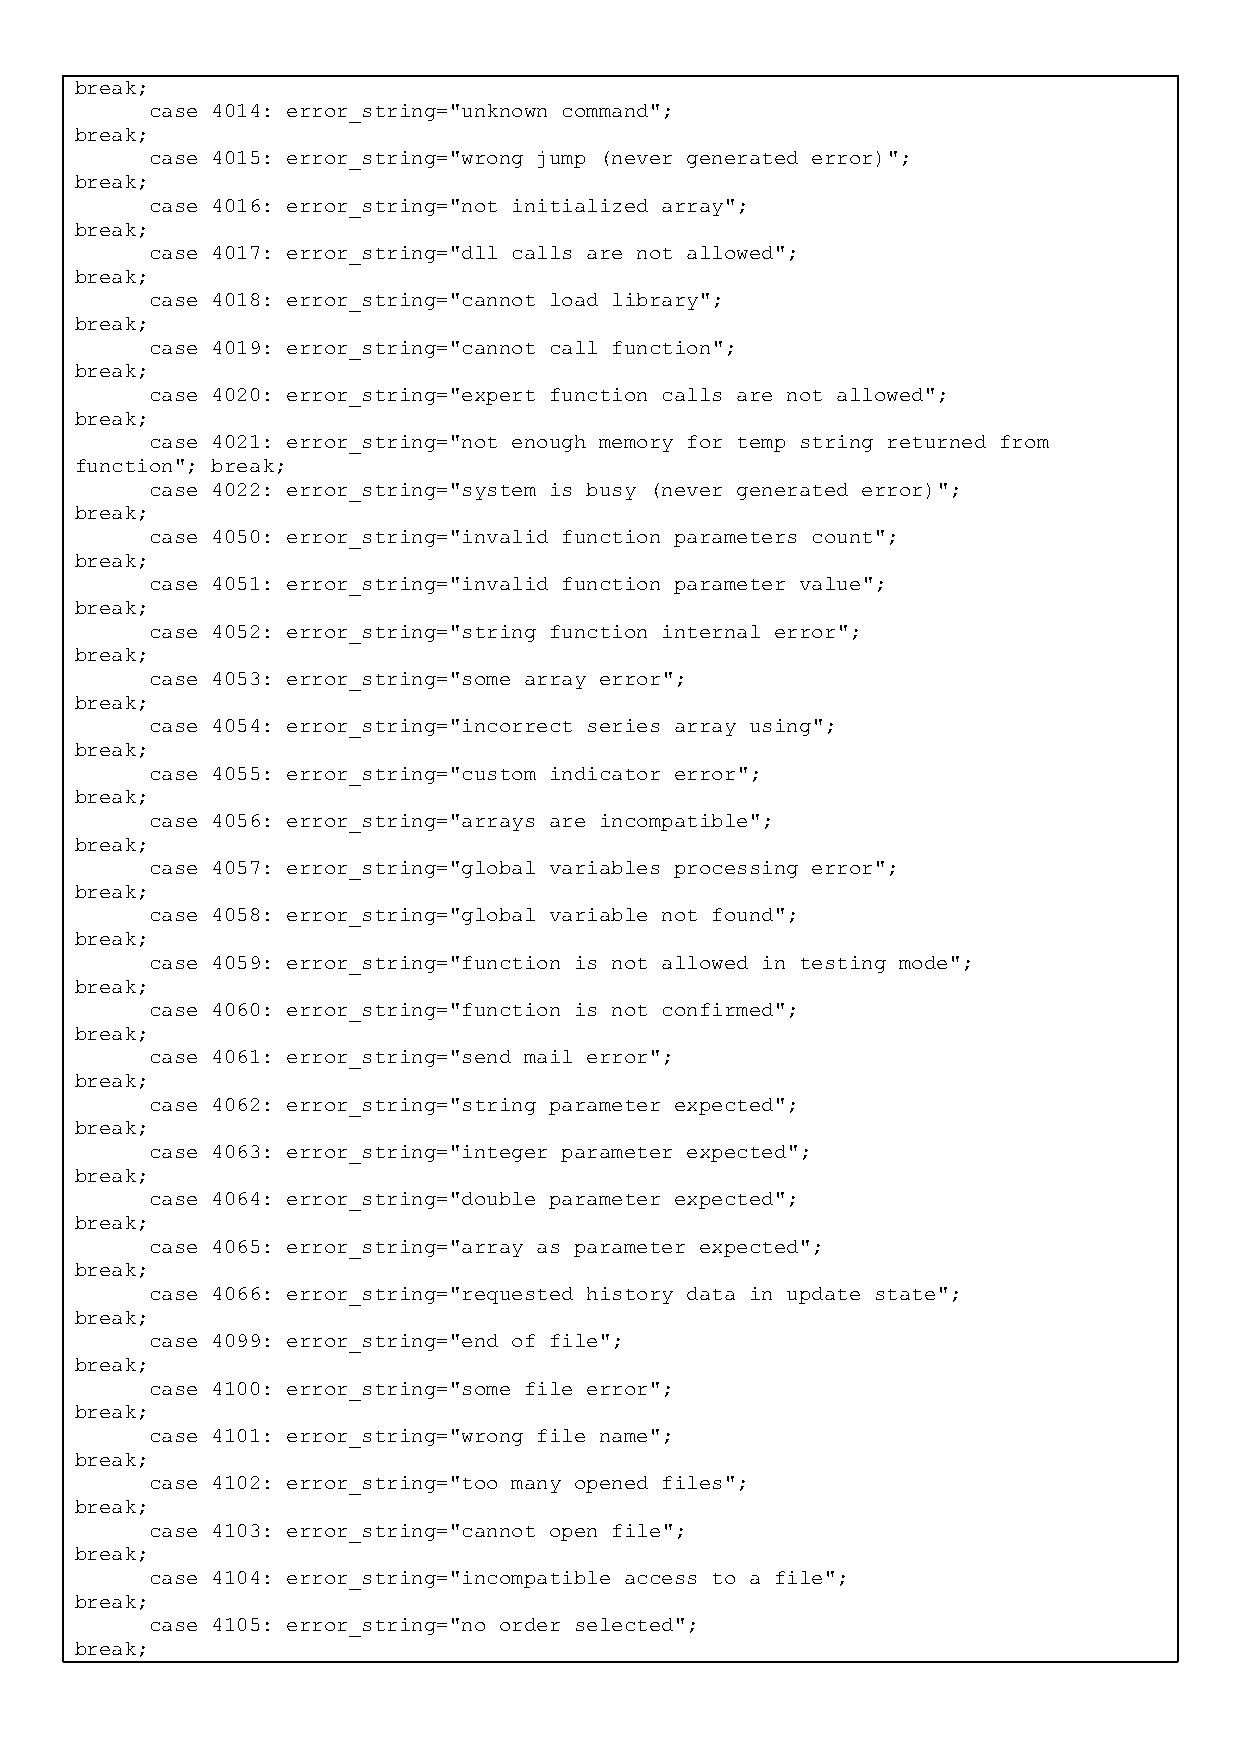
break;
 case 4014: error_string="unknown command";
 break;
 case 4015: error_string="wrong jump (never generated error)";
 break;
 case 4016: error_string="not initialized array";
 break;
 case 4017: error_string="dll calls are not allowed";
 break;
 case 4018: error_string="cannot load library";
 break;
 case 4019: error_string="cannot call function";
 break;
 case 4020: error_string="expert function calls are not allowed";
 break;
 case 4021: error_string="not enough memory for temp string returned from
 function"; break;
 case 4022: error_string="system is busy (never generated error)";
 break;
 case 4050: error_string="invalid function parameters count";
 break;
 case 4051: error_string="invalid function parameter value";
 break;
 case 4052: error_string="string function internal error";
 break;
 case 4053: error_string="some array error";
 break;
 case 4054: error_string="incorrect series array using";
 break;
 case 4055: error_string="custom indicator error";
 break;
 case 4056: error_string="arrays are incompatible";
 break;
 case 4057: error_string="global variables processing error";
 break;
 case 4058: error_string="global variable not found";
 break;
 case 4059: error_string="function is not allowed in testing mode";
 break;
 case 4060: error_string="function is not confirmed";
 break;
 case 4061: error_string="send mail error";
 break;
 case 4062: error_string="string parameter expected";
 break;
 case 4063: error_string="integer parameter expected";
 break;
 case 4064: error_string="double parameter expected";
 break;
 case 4065: error_string="array as parameter expected";
 break;
 case 4066: error_string="requested history data in update state";
 break;
 case 4099: error_string="end of file";
 break;
 case 4100: error_string="some file error";
 break;
 case 4101: error_string="wrong file name";
 break;
 case 4102: error_string="too many opened files";
 break;
 case 4103: error_string="cannot open file";
 break;
 case 4104: error_string="incompatible access to a file";
 break;
 case 4105: error_string="no order selected";
 break;